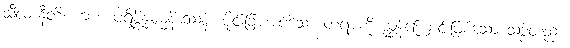
သီလာနီတိ၊ ကား။ ပရိစ္ဆိန္နဓမ္မနိဒဿနံ၊ ပိုင်းခြားအပ်သော တရားကို ညွှန်ကြောင်းဖြစ်သော သဒ္ဒါတည်း။